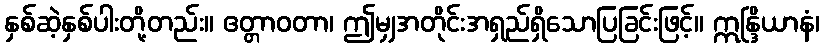
နှစ်ဆဲ့နှစ်ပါးတို့တည်း။ ဧတ္တာဝတာ၊ ဤမျှအတိုင်းအရှည်ရှိသောပြခြင်းဖြင့်။ ဣန္ဒြိယာနံ၊